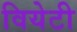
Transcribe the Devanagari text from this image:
वियेटी